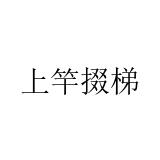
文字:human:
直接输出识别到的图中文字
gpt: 上竿掇梯